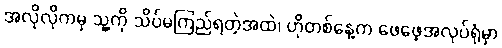
အလိုလိုကမှ သူ့ကို သိပ်မကြည်ရတဲ့အထဲ၊ ဟိုတစ်နေ့က ဖေဖေ့အလုပ်ရုံမှာ